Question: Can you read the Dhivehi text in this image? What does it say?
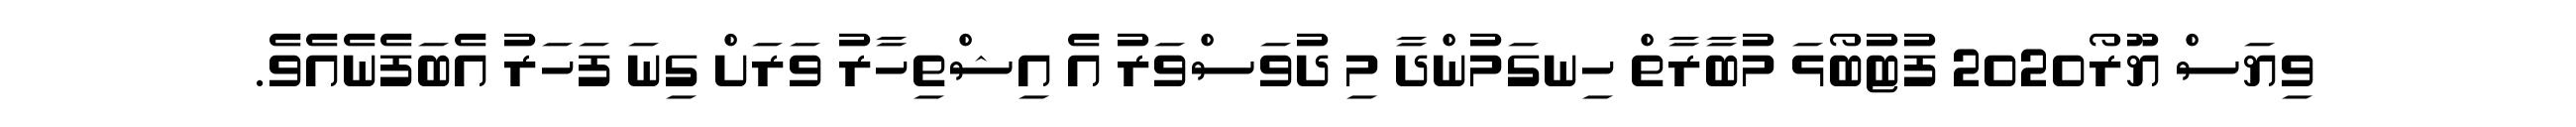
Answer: ވިޔަސް ޔޫރޯ2020 ފުޓުބޯޅަ މުބާރާތް ހިނގަމުންދާ މި ދުވަސްވަރު އެ އިޝްތިހާރު ވަރަށް ގިނަ ފަހަރު އެބަފެނެއެވެ.